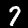
Digit: 7